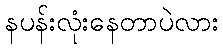
နပန်းလုံးနေတာပဲလား